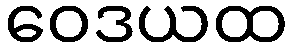
ဝေဒယထ